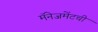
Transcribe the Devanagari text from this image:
मॅनेजमेंटची